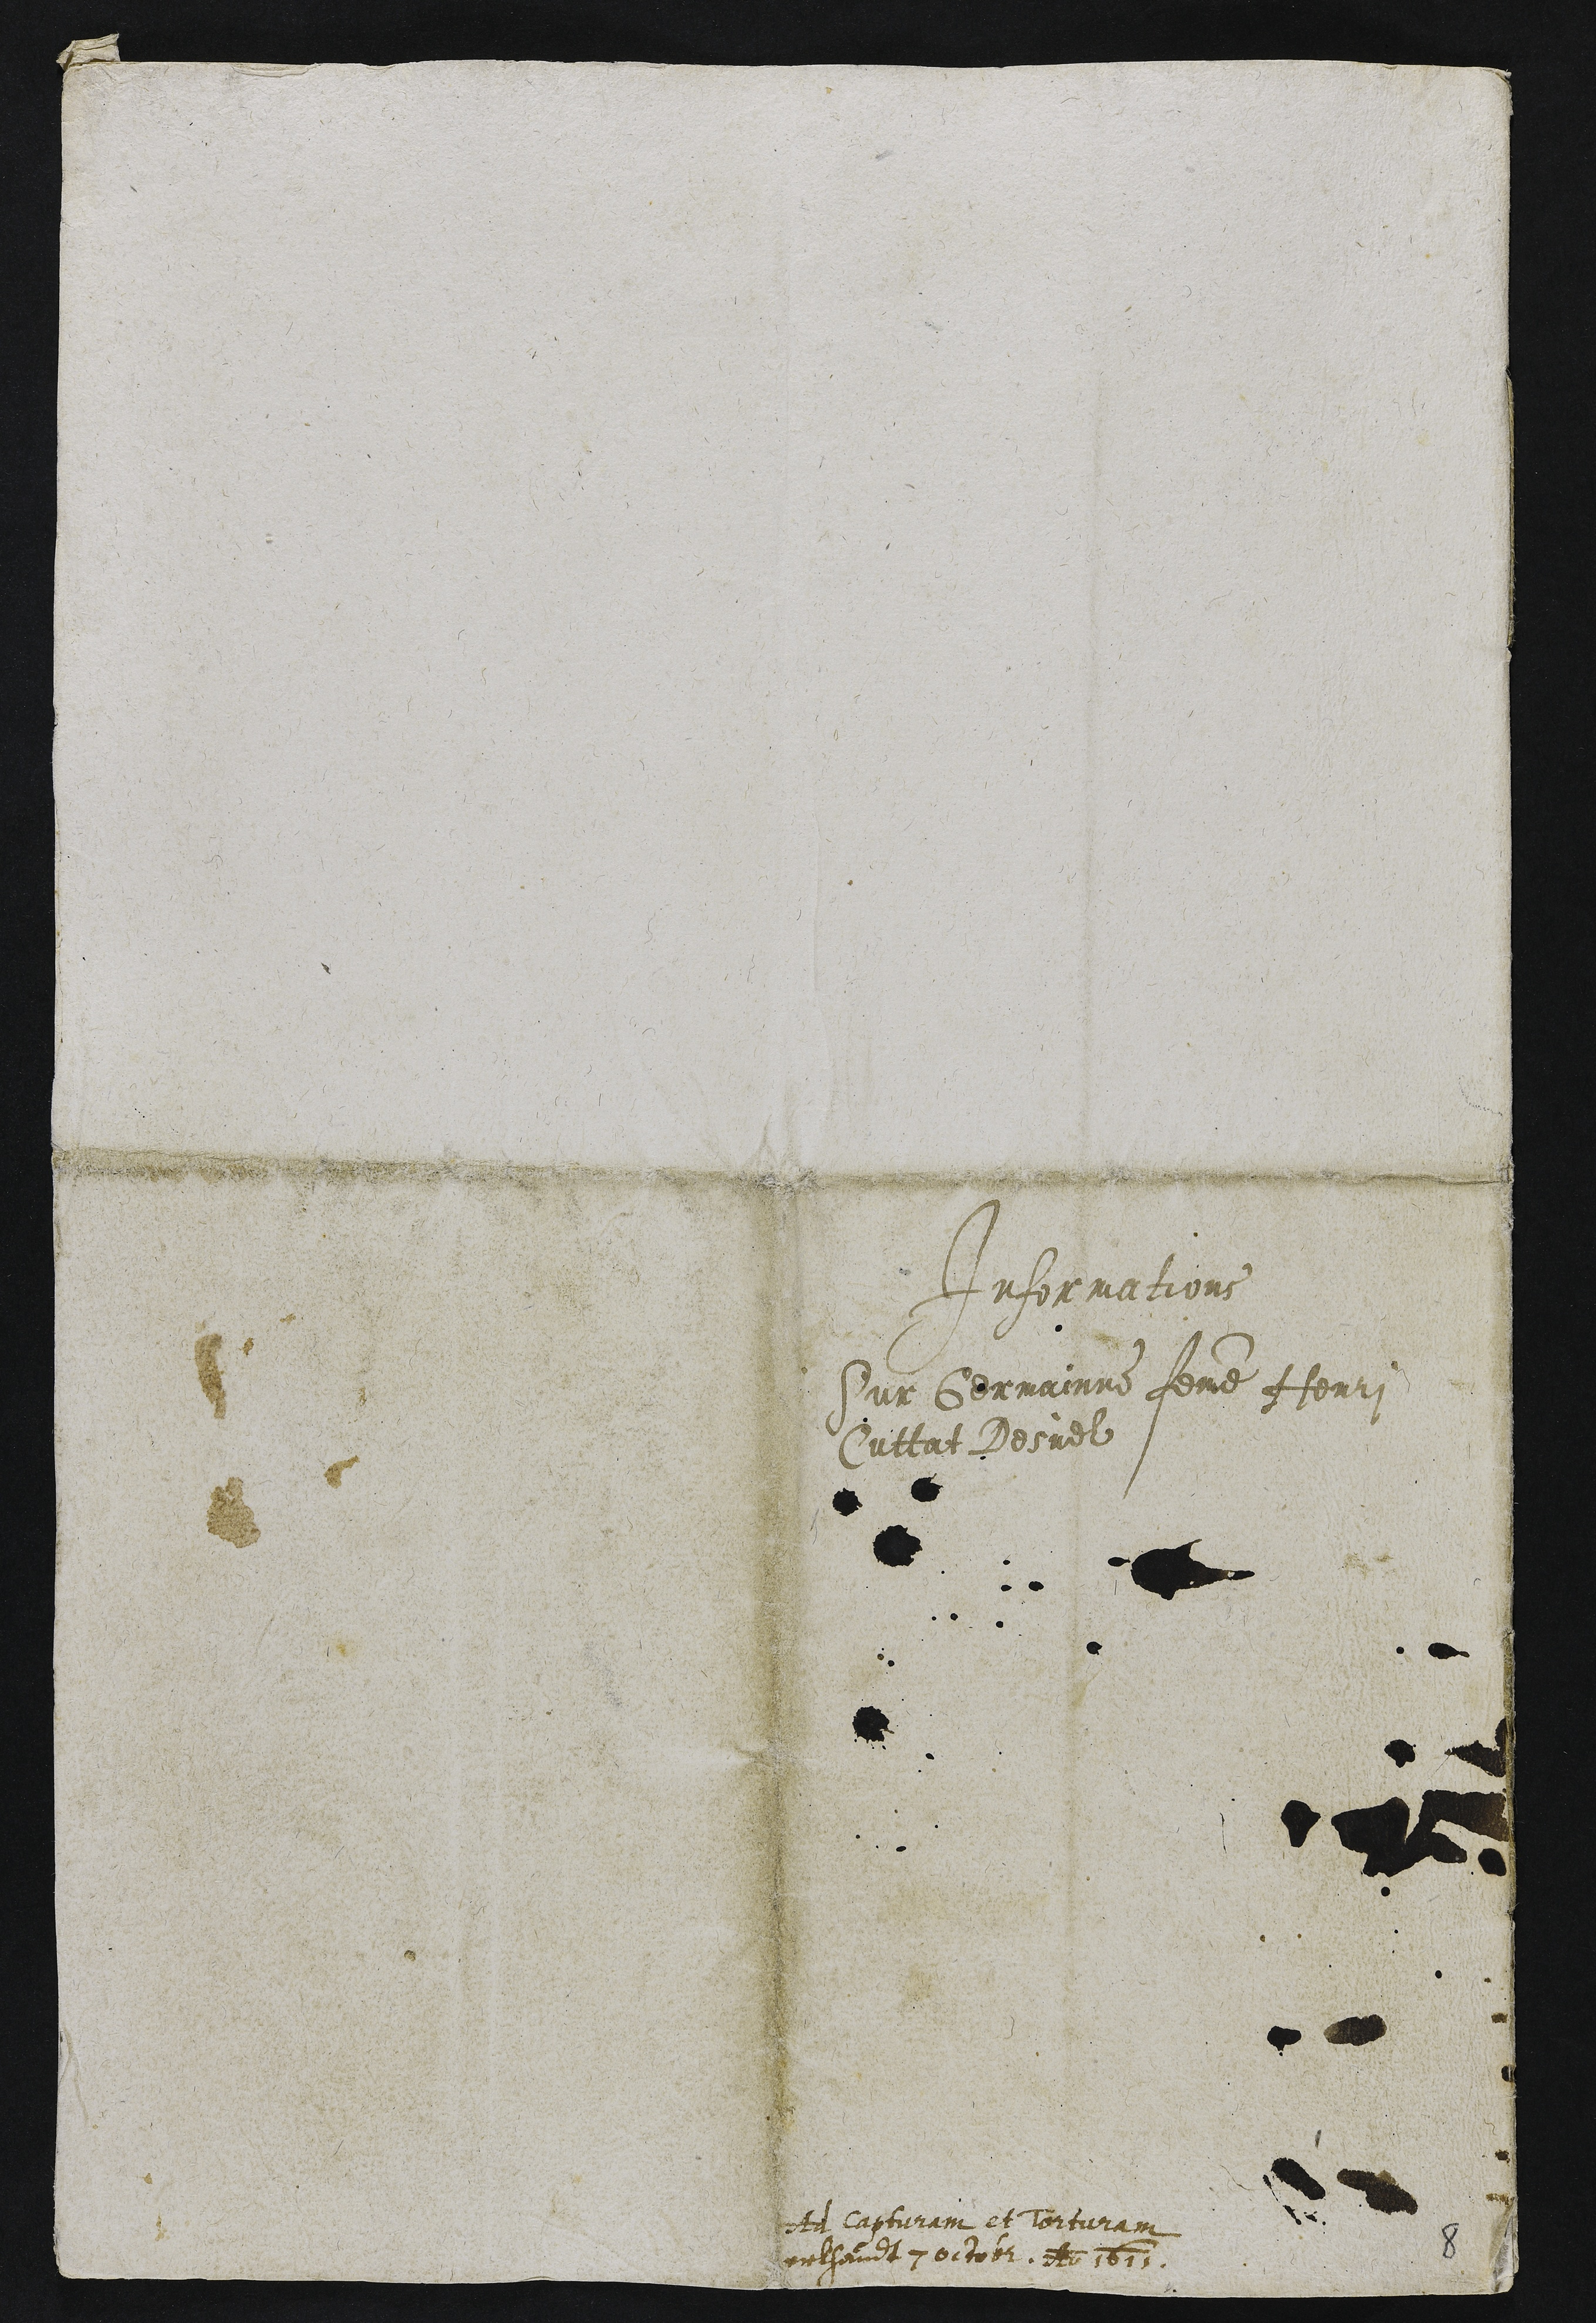
Informations
Sur Germainne femme Henri
Cuttat Desuel

ot lapturam et torturam
eelsandt 7octobr. A 1611

8